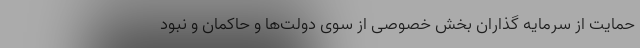
حمایت از سرمایه ­گذاران بخش خصوصی از سوی دولت­ها و حاکمان و نبود